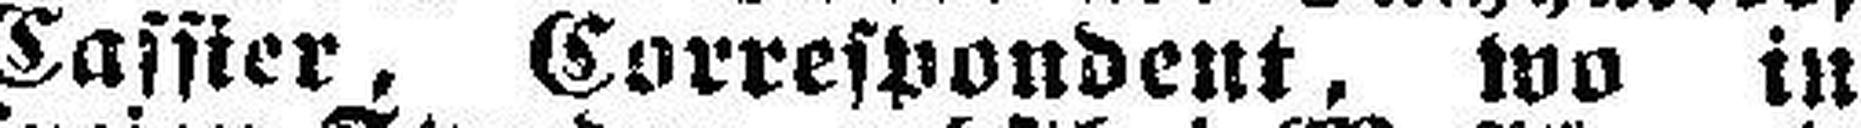
Cassier, Correspondent, wo in